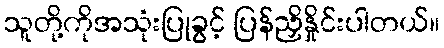
သူတို့ကိုအသုံးပြုခွင့် ပြန်ညှိနှိုင်းပါတယ်။